Punjab Mental Hospital Lahore 1922-31 - 1922-1931
Year: 1922
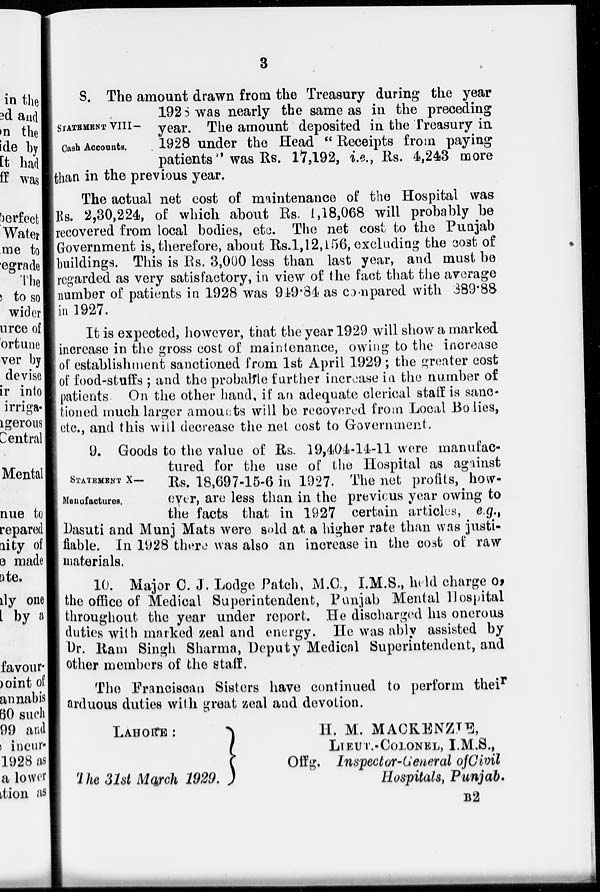
3
STATEMENT VIII—
Cash Accounts.
8. The amount drawn from the Treasury during the year
1928 was nearly the same as in the preceding
year. The amount deposited in the Treasury in
1928 under the Head " Receipts from paying
patients" was Rs. 17,192, i.e., Rs. 4,243 more
than in the previous year.
The actual net cost of maintenance of the Hospital was
Rs. 2,30,224, of which about Rs. 1,18,068 will probably be
recovered from local bodies, etc. The net cost to the Punjab
Government is, therefore, about Rs.1, 12,156, excluding the cost of
buildings. This is Rs. 3,000 less than last year, and must be
regarded as very satisfactory, in view of the fact that the average
number of patients in 1928 was 949.84 as compared with 389.88
in 1927.
It is expected, however, that the year 1929 will show a marked
increase in the gross cost of maintenance, owing to the increase
of establishment sanctioned from 1st April 1929; the greater cost
of food-stuffs ; and the probable further increase in the number of
patients. On the other hand, if an adequate clerical staff is sanc-
tioned much larger amounts will be recovered from Local Bodies,
etc., and this will decrease the net cost to Government.
STATEMENT X—
Manufactures.
9. Goods to the value of Rs. 19,404-14-11 were manufac-
tured for the use of the Hospital as against
Rs. 18,697-15-6 in 1927. The net profits, how-
ever, are less than in the previous year owing to
the facts that in 1927 certain articles, e.g.,
Dasuti and Munj Mats were sold at a higher rate than was justi-
fiable. In 1928 there was also an increase in the cost of raw
materials.
10. Major C. J. Lodge Patch, M.C., I.M.S., held charge of
the office of Medical Superintendent, Punjab Mental Hospital
throughout the year under report. He discharged his onerous
duties with marked zeal and energy. He was ably assisted by
Dr. Ram Singh Sharma, Deputy Medical Superintendent, and
other members of the staff.
The Franciscan Sisters have continued to perform their
arduous duties with great zeal and devotion.
LAHORE :
H. M. MACKENZIE,
LIEUT.-COLONEL, I.M.S.,
Offg. Inspector-General of Civil
The 31st March 1929.
Hospitals, Punjab.
B2